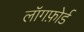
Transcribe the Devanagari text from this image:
लॉगफ़ोर्ड